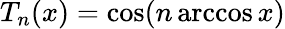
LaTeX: T_{n}(x)=\cos(n\operatorname{arccos}x)